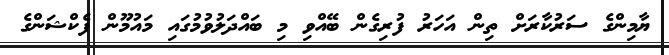
ޔާމިންގެ ސަރުކާރަށް ތިން އަހަރު ފުރިގެން ބޭއްވި މި ބައްދަލުވުމުގައި މައުމޫން ފެކްޝަންގެ